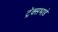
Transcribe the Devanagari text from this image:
ट्रॅक्सभाडे